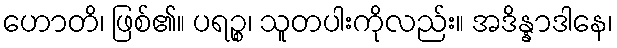
ဟောတိ၊ ဖြစ်၏။ ပရဉ္စ၊ သူတပါးကိုလည်း။ အဒိန္နာဒါနေ၊